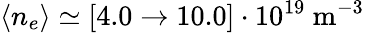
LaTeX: \langle n_{e}\rangle\simeq[4.0\rightarrow 10.0]\cdot 10^{19}~\mathrm{m}^{-3}